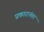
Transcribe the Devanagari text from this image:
प्रकारानंतर